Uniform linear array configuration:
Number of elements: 8
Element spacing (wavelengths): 0.5
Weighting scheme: binomial
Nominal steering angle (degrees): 45
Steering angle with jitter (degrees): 43.682
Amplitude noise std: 0.05
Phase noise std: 0.05

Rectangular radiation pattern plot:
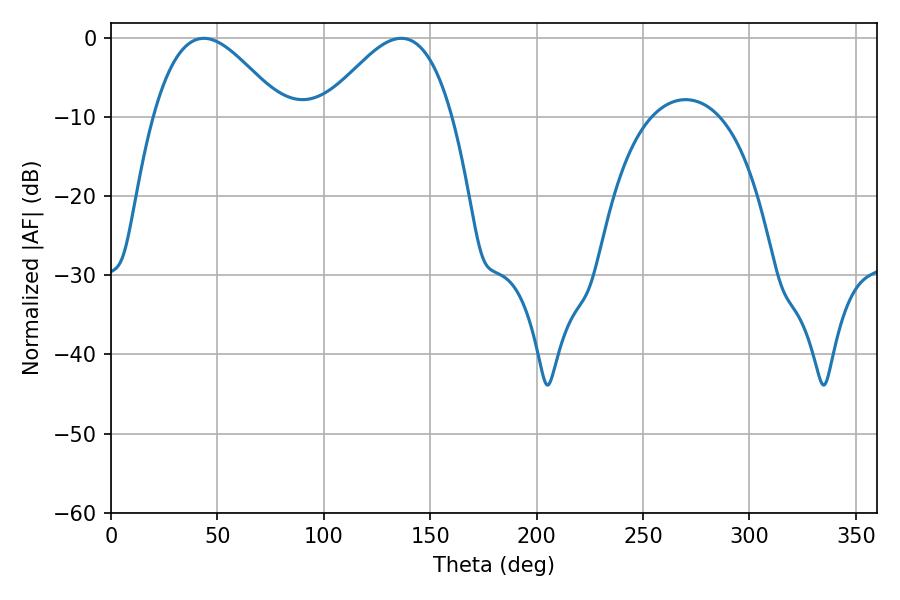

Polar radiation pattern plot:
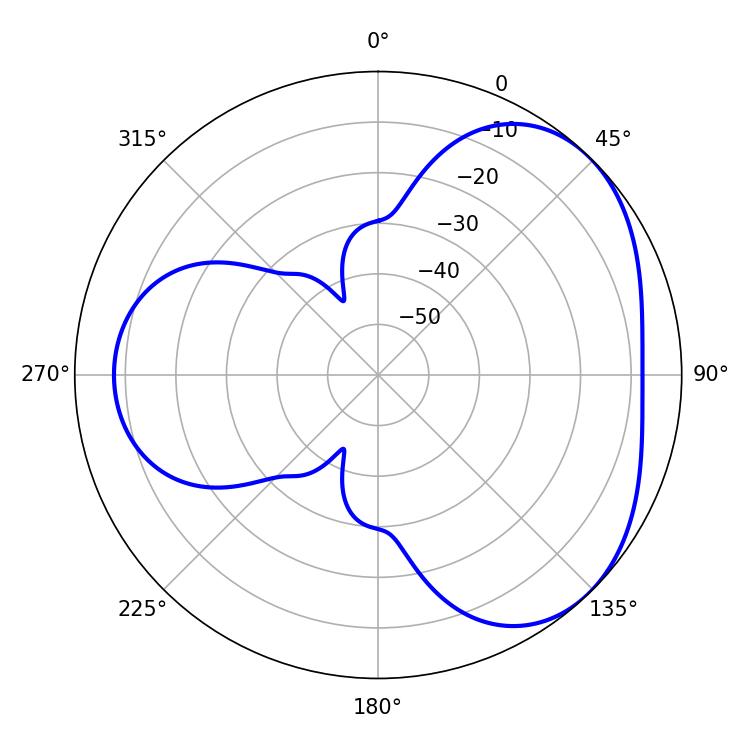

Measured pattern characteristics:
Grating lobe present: FALSE
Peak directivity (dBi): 3.817
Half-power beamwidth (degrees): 32.58
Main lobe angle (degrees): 43.56